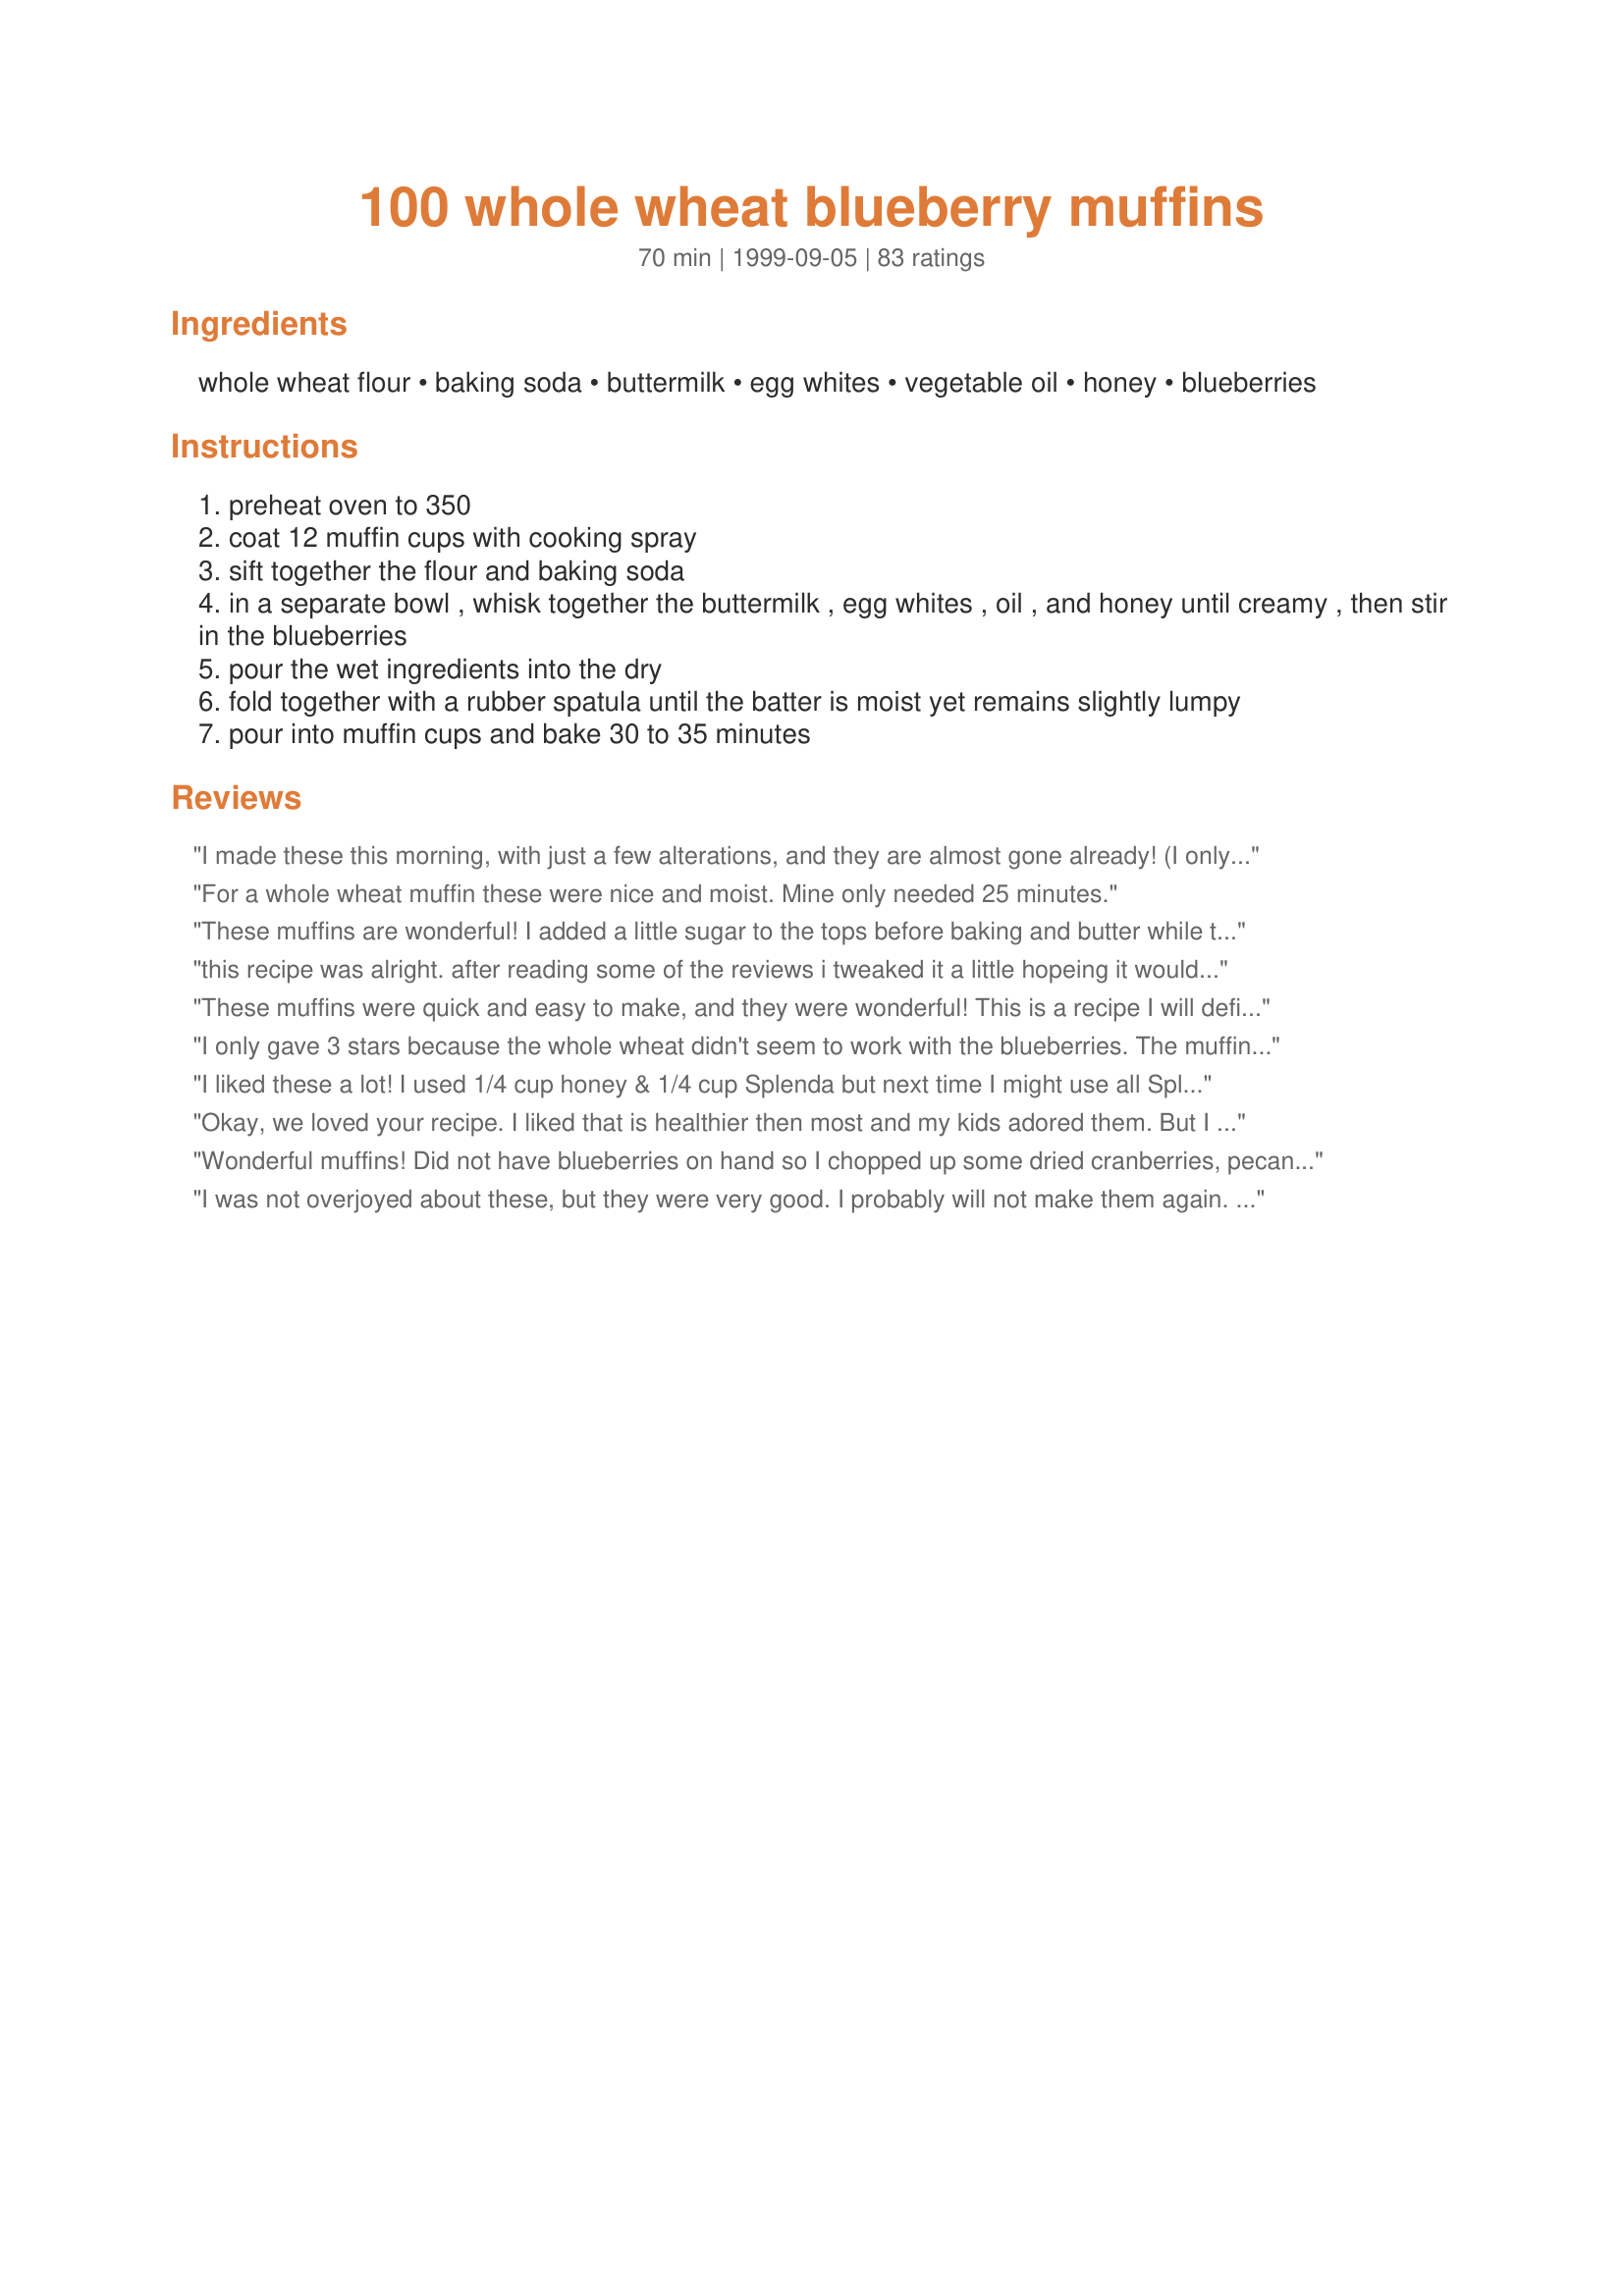
100 whole wheat blueberry muffins
Preparation time: 70 minutes

Ingredients:
whole wheat flour, baking soda, buttermilk, egg whites, vegetable oil, honey, blueberries

Steps:
preheat oven to 350
coat 12 muffin cups with cooking spray
sift together the flour and baking soda
in a separate bowl , whisk together the buttermilk , egg whites , oil , and honey until creamy , then stir in the blueberries
pour the wet ingredients into the dry
fold together with a rubber spatula until the batter is moist yet remains slightly lumpy
pour into muffin cups and bake 30 to 35 minutes

Reviews:
I made these this morning, with just a few alterations, and they are almost gone already! (I only had one). These muffins have excellent flavor, and baked up to a nice peak if baked at 400 degrees for about 25 minutes. Thanks for another great recipe, Carole.
For a whole wheat muffin these were nice and moist. Mine only needed 25 minutes.
These muffins are wonderful! I added a little sugar to the tops before baking and butter while they were warm. Very delicious!
this recipe was alright. after reading some of the reviews i tweaked it a little hopeing it wouldnt be so bland but alas it was still bland. they stuck to the muffin paper horribly, but that was probly my fault for using applesauce instead of oil. i also added chopped apples and cinnamon instead of blueberries. they will probly taste good warmed with butter spread on them with the changes i made. i would love to try and make these again and tweak it till i find the perfect flavor and sweetness without adding calories
These muffins were quick and easy to make, and they were wonderful! This is a recipe I will definitely make again!
I only gave 3 stars because the whole wheat didn't seem to work with the blueberries. The muffin turned out well and pretty light overall. They reminded me of corn muffins with blueberries. I was pleased by the texture given the 100% whole wheat. I think the grainy, hearty texture of wheat flour would have played better with a more dense fruit like raisins or dried cranberries or dried cherries.
I liked these a lot! I used 1/4 cup honey & 1/4 cup Splenda but next time I might use all Splenda. I also substituted the oil with 1/3 cup lite cinnamon applesauce & while it worked all right, next time I might try the oil & see how they come out. I used fresh blueberries but next time I'm going to line the muffin cups with paper liners because the blueberries oozed out on some of the muffins! Baking time for me was only around 20 min. I actually got 17 muffins out of this, which was a nice surprise! Thanks so much for a healthy, whole wheat recipe.
Okay, we loved your recipe. I liked that is healthier then most and my kids adored them. But I have to say, I didn&#039;t use blueberries, I used chopped up peaches as I had a lot of them and didn&#039;t want them going bad. They tasted great. I will make this again with blueberries as that&#039;s our favorite muffin flavor, but subbed in this one time. I think any fruit would go nicely with these muffins. thank you so much for sharing with us. Keeper file
Wonderful muffins! Did not have blueberries on hand so I chopped up some dried cranberries, pecans, little bit of apple and finely shredded coconut and one whole egg instead of two whites...other than the additions, followed the recipe exactly. So moist and delicious! Next time I might sub brown sugar for the honey to see what difference it makes. Once again, delicious and will making these often. Thanks for posting!
I was not overjoyed about these, but they were very good. I probably will not make them again. The soda, surprisingly, is overpowering and I did find them a bit bland after they were baked. The batter, on the other hand, was delicious.
Awesome muffins! Moist and full of flavor. I did make 2 modifications - 1) replaced oil with unsweetened applesauce; and 2) added 1/4 cup Splenda. They maybe would have been fine without the Splenda, but I like my muffins sweeter. I will make these again.
These were very tasty and soft they had a very healthy appeal to them, and delivered on taste!
I made this recipe using applesauce instead of oil, half splenda and half sugar instead of honey (but I did add a little squeeze of honey too). I only had 2% milk so I used that with a splash of lemon juice. And I also used whole medium eggs. I sprinkled oats and a little brown sugar on top before baking. Cook time was about 25 minutes, but I baked only 6 at a time because I only had a small pan.
I&#039;ve done this recipe many times. Best of all. I add citrus zest for more taste. for VEGAN version: 2 flax seed &quot;eggs&quot; and I used almond milk with 1 tbs of cider vinegar. Raise well.
I used 3/4 cup 2% milk and 1/2 cup sour cream instead of the buttermilk, 1/4 cup honey and 1/4 cup brown sugar and one whole egg instead of two whites. I also added 1/4 cup of milled flaxseed to add some omega 3. These were delicious with a little bit of trans-fat free margarine on top! Definately recommend this recipe.
Makes Great Muffins! I used 1TBSP of Margarine and the rest of the oil I subbed with Applesauce. Also used 1/4c. honey with 1/4c. Splenda. 1 cup of fresh blueberries was way too much. Topping off with a butter spray and a sprinkle of sugar isn't bad either.
After making some not so fantastic muffins(perhaps becuz I substituted whole-wheat flour for all of the recipes), this is the Best muffin recipe of all! The texture is v good though I'll add a bit of salt next time.
These are wonderful! I'm glad I didn't add salt, this has enough flavor on it's own. I used fresh blueberries, and concocted buttermilk with skim and lemon juice. 
This is going into my recipe box under favorites. 

Right out of the oven the muffins were very good, but when cool, they lost some flavor. 
Maybe some salt would help?
I was hoping for a whole wheat blueberry muffin that rivaled it's white flour counterpart. My husband and I were disappointed, but the kids didn't care! They gobbled them up. I probably won't make this again, unless it's for the kids only. Thanks anyway Carole Reu!
My husband made these, they were okay, but could use just a little more blueberry flavor. They pretty much tasted like a bran muffin, which is just fine. I believe he added a little wheat germ and flax seed meal too. Next time we make them I may add a little bit more blueberries. Overall they were pretty good. We will make them again. Thanks for the recipe!!!
I thought these were wonderful. My kids loved them too. I didn't have honey so I used 1/2 splenda and 1/2 sugar. Other then that I followed the recipe exactly. Thank you!
just a little too 'healthy' tasting for me. The whole wheat flavor was very strong. I even added some crumb topping, but that wasn't enough.
These were very good muffins. I doubled the blueberries and they turned out perfect. They weren't as sweet as I expected them to be, so I might try adding more sugar or purchasing sweetened frozen blueberries (if possible). But, other than that they tasted very good. Thanks!!
These are great. As a vegan, I substitued the buttermilk with vanilla soy milk and the egg whites with egg white substitues and they turned out great!
These are great muffins. Very moist and fluffy. I added 1 tsp of vanilla, a pinch of salt. I also used 1/3 cup oil and 2 T applesauce. I thought they were plenty sweet, although I sprinkled half of them with cinnamon sugar before baking just in case. I haven't tried a cinnamon one yet, but I'm sure that they won't be over-sweet. This recipe is a keeper, for sure.
These muffins are really good. I used buckwheat honey for the honey it called for and they tasted great.
These muffins are great! I did make some adjustments per the other reviews. I used one whole egg, used brown sugar and increased it to about 3/4 cup, added 1/4 tsp. sea salt, and added about a tsp. of vanilla. I also sprinkled sugar in the raw on the tops of the muffins. I baked the muffins at 400 for about 23 minutes and they came out beautifully! They were big and puffy and tasted as good as they looked! Not to sweet and they had a nice fluffy texture. Next time I will try with only egg whites since that makes the muffins practically cholesterol free. These are a keeper! They taste great and are healthier then the average blueberry muffin. Thanks, Carole!
These were good. I followed the recipe EXACTLY the first time. They muffins weren't quite sweet enough . . . and I don't have a very big sweet tooth. The second time I made them, I added a sprinkling of brown sugar on the top. That was just the perfect amount of sweetness. I love that they are healthy!!! Thanks!
Absolutely excellent! The men in my family seem to think they're not sweet enough but I think they're perfect.
great muffin! The texture is nice both from the oven and after being in the fridge. I've been wolfing them down and it feels good for me :) I just used 1 whole egg (instead of 2 whites), accidentally increased the buttermilk to 1.5 cups (defrosted from previously frozen cubes - great way to store leftover buttermilk!), and stuck to 1/2 cup honey. I was really thinking about adding 1/4 cup brown sugar because some reviews said they're not sweet enough, but I thought it was perfect - a hint of honey but not too sweet. My husband would want more sweetness though. I used 1+1/4 cup of frozen wild blueberries, and that was more than enough. Spray the muffin liners to prevent sticking - a lot sticks when just out of the oven, tho it's better after refrigeration. I thought about adding salt & vanilla as other reviews mentioned, but I'm glad I stayed to the original ingredients for the first try.
This was my first time making WW muffins. These were really good. I made them as written and sprinkled w/ raw sugar. I didn't expect my boys to like them but they ran in asking for more.
I made this with my kids all in one bowl and it went together really well even with the modifications i made: I used brown rice flour and corn starch instead of the whole wheat due to what I had on hand, one whole egg, plain milk and added lemon juice, flax and cinnamon. They came out beautifully after 23 minutes. I do not think more sugar is needed but do think the banana and vanilla suggested by others would be an improvement... lemon zest would be nice too. Thanks for posting, We'll be making this again!
I made these muffins this morning to bring to the office today. I will update the "star" rating when I get home tonight after hearing what the girls think. Here are a few notes that I would like to mention: 1) I used unsweetened applesauce instead of the oil, 2) I only used about 1/8 cup of honey because that is all that I had left. I did add 1/2 cup packed light brown sugar to kind of made up for the missing honey, 3) I used frozen blueberries, 4) I sprinkled a "pinch" of wheat germ on the top of each muffin while cooking and 5) my bake time was exactly 28 minutes and my toothpick came out clean. I think that next time I will try 26 minutes instead. Thank you for a healthy muffin recipe! I put a picture up; I hope that you like it! UPDATE; Well, I'm home from the office with an EMPTY basket. Lots of compliments. I'm just bumming because I didn't even get one! :-( Thanks again for posting.
Really good, especially for 100% whole wheat. Not heavy at all, and not too sweet.
Excellent! I used my own home ground hard white winter wheat. The recipe turned out so good I made another with apples, nuts, and raisins right away. I increased the honey about half again as much as per other suggestions about sweetness. I actually think I could go a little less as I don't like things very sweet. Stayed with Tupelo Honey though instead of sugar as my husband is diabetic and it is the only honey suggested for diabetics.
These are delicious. I added a 1/2 c. brown sugar, and 1/2 t. salt. Sprinkeld with sugar/cinn mixture. LOVE THEM! And, we added 2x as many blueberries.
We thought these were excellent. I made them as a snack for my daughter's preschool class. I doubled the recipe and used half regular whole wheat and half white wheat flour. I also used soy milk with some lemon juice added instead of buttermilk. We thought these were not too dense or dry with a lovely blueberry flavor. A really nice muffin.
Absolute winner of a recipe! Amazing taste and texture, plus it's 100% WW. I accidentally put in 1/2 c. oil, and also due to personal preference, I did end up altering almost everything, but I still feel this recipe, as stated, will be wonderful. For pref., I used whole eggs, brown sugar instead of honey, added 1/2 t. salt and 1 t/ vanilla, and was short 1/4 c. blueberries, so added 1/3 c. fresh cranberries. For the buttermilk, I used Saco dried (5 T. plus 1 1/4c. water.) Because I accidentally added too much oil, I added extra flour and a bit of extra soda. With the extra, I got 15 muffins, and baked them about 25 minutes. I also sprinkled just a bit of sugar on the top. We all loved them! Next time, I may stick closer to the recipe, except use applesauce instead of oil, and for personal pref. I will probably still use brown sugar. So, if anyone is reading this, and thinking "whole wheat muffins - I just don't know..." do take a chance! This is a teriffic recipe, no apologies about the whole grain, and it can also be flexible enough to accomodate some personal preferances.
This is a good basic muffin recipe that tastes fairly good for being so healthy :D. I doubled the recipe, used whole eggs and used coconut oil for the oil. Next time I think I will use 1/2 melted butter and 1/2 coconut oil for the vegetable oil. Thanks for sharing.
I love this recipe and will use it regularly. Finally a muffin that is good for you and tastes good too. Very moist, not overly sweet. Thank you for sharing.
I thought these were great. Had a normal muffin consistency. I used yogurt and skim milk instead of buttermilk. I also sprinkled brown sugar on top which I think these muffins need. Instead of butter, we used honey as a spread. They could be sweeter.
Great! I added walnuts. 18 muffins it made for me :O)
Excellent!! I am so glad to find a recipe without sugar. The only weird thing was my blueberries sank to the bottom of the muffins...but taste was GREAT. I used whole egss and grapeseed oil for the oil.
very good! i added some strawberries in with the blueberries, salt as suggested, and some brown sugar. they were lovely - although the cook time is very long. mine were overdone after 19 minutes, so definitely watch them... thanks!
These are as delicious as they are good for you! The first time I made them as is, just substituting yogurt for buttermilk. The second time I used 1/3 c. of almond to replace 1/3 c. of the flour, added orange zest, substituted apple sauce for oil, and substituted the butter milk for 1 c. greek yogurt and 1/4 c. fresh orange juice. Even better.
Fantastic! I am so glad you posted this recipe. I used fresh strawberries instead of blueberries and skim milk because those were the items I had on hand. The muffins were moist, had a very nice texture and the flavor was great. I tend to shy away from baking with whole wheat because of the texture/taste, but I will be making these again and again. Thanks for sharing!
These are nice, BIG muffins and not too sweet. Next time I may add a little orange or lemon zest. Brown sugar & oatmeal sprinkled on top would be tasty too, but I'm baking for a diabetic! I've made these several times already....it's a keeper!
I thought these muffins were great! I did make a few substitutions. I didn't have buttermilk, so used 1% and lemon juice as substitute. Instead of 2 egg whites used 1 whole egg. In place of the vegetable used 1/3 C. plus 2 TBSP pureed pumkin (have too many cans in the pantry, need to use up and adds a little Vitamin A), did not have any honey so used agave nectar (1/4 C.) and since some other reviewers had said these were not too sweet I added about 3 TBSP Splend Brown Sugar Blend into the mix. I did also add just a pinch of salt. They came out nice and puffy and didn't fall. Yummy - will be making these over and over. Thank you!
I made some modifications. I used 1 cup of kefir, which is a sort of sour milk/yogurt drink, two T of lemon juice and 1/2 a cup of sour cream instead of buttermilk. I also did 1/2 and 1/2 white and whole wheat flour, salt and added 1/4 cup of ground flax/sunflower seed/pumpkin seed and goji berries. I added some vanilla powder as well. I thought these were great! I love that they are healthy and not very sweet. With a little jam or honey spread on they are perfect! Thanks so much for the recipe :)
These are going to be a regular at my house! A healthy muffin that has nice texture and minimal sweetness, and with the benefit of whole wheat flour. I used canola oil and frozen wild blueberries. Perfect! I may try sprinkling with cinnamon sugar before baking for variety, but like them very much as is. Thanks, Carole Reu, for a great recipe!
Loved muffins. I did change flour to 1 cup pastry
flour and 1 cup regular whole wheat flour. Created a cake like muffin which is delicious
Moist and delicious! Not overly sweet, really lets the flavor of the blueberries come through.
these muffins are wonderful! i added cinnamon and nutmeg to the flour mixture. then vanilla too. I also have made it with brown sugar instead of honey and then with the honey and prefer the brown sugar. i also made a stuestal topping of melted buter, flour and brown sugar and put it on the top before baking. YUM!
I used two whole eggs, whole milk instead of buttermilk, and brown sugar instead of honey--that's what the pantry held! I also doubled the blueberries to two cups and used a pan that holds six double-sized muffins instead of 12 standard. Came out perfect in 33 minutes.
I didn't really like these one too much, I think next time I will add more honey or sugar?? The thickness was aright though!
Wonderful!! Not too sweet. I used Buckwheat Pancake mix instead of whole wheat flour and added fresh pinapple chunks, lemon zest and a little cinnamon, OMG, these are the greatest!! Kind of tastes like a bran muffin, but better, lighter, and less sweet. I used 1/4 c brown sugar and 1/4 c honey. I added more Buckwheat Pancake mix to make the the batter less runny, and more firm. Perfect, love these muffins.
Great receipe. . .I got um alittle wet using too much yogurt. Should have brought them back into balance with more flour. (Used KA White Whole Wheat). Got lazy so I had Texas sized muffins with lots of blueberries on the bottom. Only a couple left so I'll be whipping more up today. Had trouble not eating a weeks worth out of the oven. Even Wifey ate one. . .she doesn't eat anything sweet. . .a meno thing. I take one in lunch to work daily. They freeze and reheat very well. Thanks alot.
This is a phenominal blueberry muffin recipe! My parents try to eat healthy but still like to have sweet treats. They raved about these muffins. I made some slight changes. I added a small amount of brown sugar because I ran out of honey. I also topped the muffins with a pinch of brown sugar, as was suggested. It is important to toss the frozen (this tip may work for fresh as well) blueberries in 2TBS. of flour and let them rest for a few minutes before incorporating. That way the blueberries will not run and turn the batter purple. This recipe made more than 12 muffins. My parents keep requesting that I make these again. I will try different ingredients such as raisins and walnuts next time. Thank you so much for the great recipe! I know this is one that I will be making over and over again.
Needs more sugar!! Otherwise, this is very good for a whole wheat muffin. The consistency is light, not dense and it is quite moist. As per other reviews, I used 1 whoe egg and a 1/4 cup more blueberries. Also 1/4 cup brown sugar, 1/4 cup honey plust a tbsp of Splenda. This was NOT enough sugar. I don't like things very sweet, but even for me, I would have easily added 1/4 cup more of brown sugar. Still....very yummy and worth a try!
Yummy muffins! I cut the recipe in half, used whole milk and a whole egg. DH is not fond of blueberries so I filled 3 muffins cups before folding 1/4 cup berries into the remaining batter. Topped the plain muffins with cinnamon sugar.
I used agave instead of honey and doubled my berries (used cranberries instead of blueberries). My husband even ate some! And he never ever eats anything whole wheat. These were great!
Made as directed, but used 1/2 brown sugar 1/2 honey. Though not as sweet as other recipes, they are very good as a healthy alternative. Thanks for posting!
I really enjoyed this recipe. It was just what I was looking for! I had to make it dairy-free, so almond juice with 1 T. of lemon juice worked fine. I had extra batter, so I made 12 muffins and a mini-loaf of bread. I think the muffins were sweet enough, but a bit bland. I&#039;ll try adding a couple tablespoons of vanilla extract next time. These worked well with my frozen blueberries. I feel good about eating this recipe with a meal or as a snack. I also made using light olive oil. Light, fluffy, and delicious!
Too bland. Tasted like the &quot;healthy stuff&quot;. No one in the house will eat these.
Love these muffins! I made two batches... One with the honey and one with half honey and half artificial sweetener, and both tasted terrific! I also used skim milk instead of buttermilk and 2 whole eggs instead of the whites. Bake time was closer to 25 to 30 minutes. Overall, the best healthy muffins I've ever tasted. Not too sweet, light and fluffy, and definitely not too dry. Thanks for sharing!
The best whole wheat blueberry muffin recipe that I have made so far (and I have made quite a few). I had to make my own buttermilk with vinegar and it turned out great. I used whole white wheat flour and they were very fluffy. Next time I will add brown sugar to the tops before baking to sweeten them up a little. i will also add a 1/4 tsp salt. Thanks for the great recipe!
I was glad to find a 100% whole-wheat recipe, since we just got a flour mill recently. A made a couple of small changes. I added 1/4 tsp salt, cut the honey in half and added 1/4 cup brown sugar in its place. My wife and kid thought they should be sweeter, but I loved them. They rose quite a bit and were surprisingly fluffy. I buttered them up while warm and enjoyed them with a nice glass of ice-cold milk. YUM!
I have made this recipe every week since I found it. This is the best combo my husband and I love.
Add to the liquid: one tsp vanilla extract, a pinch of sea salt, 2 one week ripe bananas and add 1 tbsp of chopped walnuts in the batter once mixed together and sprinkling the top of each muffin with walnuts before baking. The bananas help add an element of sweetness.

On an unhealthy note I have also made a variation with one tsp vanilla extract, pinch of sea salt, 2 ripe bananas, 1/4 cup mini semisweet chocolate chips (has to be mini) and 1/3 cup of toasted coconut with a sprinkle of untoasted coconut to the top of the muffin before being bakedâ€¦â€¦yumm.
I'll make these again. I love how nutritious they are! The muffin itself isn't very sweet, so it's perfect for my toddler who gobbled them up. I sprinkled the muffins I planned to eat with cinnamon sugar as suggested. I don't think I could have eaten them without that.
They were a little dry, but very tasty.
I was a little scared about doing muffins with only whole wheat flour but these were perfect! I can't say anything bad about them! They were super quick and super yummy. When you add fruit you don't need a lot of sugar to make them taste great. I doubled this recipe and it made 24 muffins. I will definitely make them again. I can feed them to my kids guilt free.
A winner! Much lighter and fluffier than I'd expected. Since we don't worry about cholesterol, I used whole eggs instead of egg whites. Also added a bit of salt and a dash of nutmeg, sprinkled a bit of sugar on top, and made nine muffins instead of 12 so they'd be nice and big. Will definitely make this one again.
I used agave syrup instead of honey and 1 T flaxseed a 3 T water instead of egg, and my flour was whole wheat pastry flour. Made this way I felt these were really very yummy. Next time I will sub some oil with applesauce. Oh I did add vanilla and orange extract too ( 1 tsp each)
I have been trying different muffin recipes recently and this is the worst one by far! The muffins were dense and chewy. They also diddn't have any flavor. I added chocolate chips instead of blueberries so that made them tast a little better.....bur not much!
Great muffins! I did not have buttermilk so I substituted plain yogurt mixed with 1/4 cup of skim milk. I also added 1 tsp of lemon zest, whole eggs and used brown sugar instead of honey. Everyone loved them.
I used whole wheat pastry flour instead of regular. Used two whole eggs, 1/4 C. honey and 1/4 C. brown sugar, soymilk, and added 1/2 t. salt and 1t. vanilla, as well as a mashed banana.

They came out so moist, soft and flavorful! thanks for the recipe!
It's hard to believe an all-whole wheat flour muffin could be so moist and fluffy! I had almost 1/2 cup of honey, so I made up the balance with molasses (about 1/2 Tbsp). I added 1/2 tsp of salt to the dry ingredients, based some of the other reviewers' suggestions. I also added 1 tsp of vanilla to the wet ingredients because I love the flavor. I said "Oh wow" when I bit into the first one. They're very flavorful, and healthier than your typical muffin. In my opinion, they taste better than ones made with white flour and sugar. I decided to check them after 20 minutes because 30 sounded long to me, and I'm really glad I did because they were just right. My oven does cook kind of hot, I think, but I would definitely keep an eye on these while they're baking!
I loved these muffins! I did use brown sugar b/c I ran out of honey. I added a little cinnamon and nutmeg to the batter. Used half applesauce and half oil. And finally added some vanilla to the batter. They were very light and rose wonderfully in the oven. I wouldn't use paper liners again as they stuck quite a bit! Thanks for the recipe!
These muffins were quite tasty! Though these can't compete with a regular full fat, full sugar, white flour blueberry muffin, you certainly won't mind if you are a South Beach dieter like me, to have a great and healthy muffin like this one. It is not overly sweet and has great texture. I substituted Splenda for the honey, canola oil for the vegetable oil,added some freshly grated nutmeg,lemon zest and a dash of salt to add a little flavor. We really enjoyed these and will have them as an occasional treat! Thanks for sharing!
Great recipe. Muffins were moist and fluffy. I usually have to make tons of substitutes as my family has an egg allergy. I used my flaxseed mixture to sub for one egg, since other reviewers used one whole egg instead of 2 egg whites. I also used brown sugar, and was our of buttermilk so used milk w/ vinegar. I sub'd blueberries with raisins. Came out great.
These are very good muffins, and I was surprised at how nice the texture was with 100% whole wheat (though I did use whole wheat pastry flour). I don't like muffins sweet and routinely cut back the sugar 25%, so if these weren't sweet enough for me (even with 3 tablespoons of raw sugar sprinkled on top), most people will want more sugar in these. I followed a lot of other reviewers and used brown sugar instead of honey, one egg, 1/2 tsp salt, and added 1 tsp almond extract. For the reviewer whose blueberries sank, you can toss them with a tablespoon of the dry mixture and stir them at the end to prevent this. Mine were done baking at 19 minutes, but I was prepared for this, since a lot of people mentioned that (and I have never baked muffins longer than say 23 minutes). These were great muffins, especially for being all whole wheat, and I would definitely make them again -- with 2-4 more tablespoons of brown sugar. Thanks!
I also substituted 1/4 cup brown sugar, and they turned out great! A nice healthy muffin for snacks. Thank you.
I also used 1/4 c brown sugar in addition to 1/4 c honey. These muffins turned out great!! I never thought wheat muffins could be so good!
